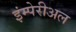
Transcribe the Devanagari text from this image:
इंम्पेरीअल